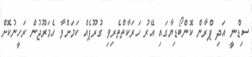
ސިޑްނީ އަދި ޕްރާން ކޮންބޯޑިޔާގައި އޭރު ހަރަކާތްތެރިވި ގުރޫޕެއް ކަމަށްވާ ހެމަރޫޖުން ރަހީނުކޮށް